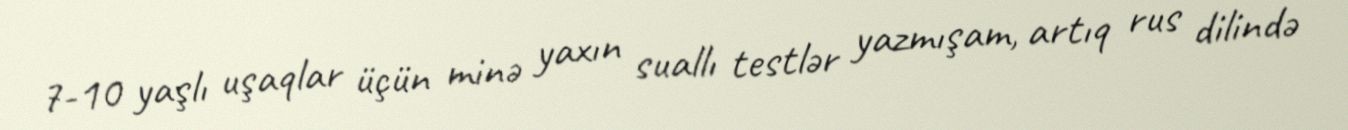
7-10 yaşlı uşaqlar üçün minə yaxın suallı testlər yazmışam, artıq rus dilində